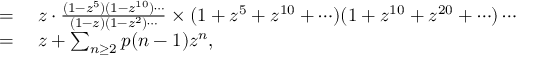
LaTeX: \begin{array} { r l } { = { } } & { { } z \cdot { \frac { ( 1 - z ^ { 5 } ) ( 1 - z ^ { 1 0 } ) \cdots } { ( 1 - z ) ( 1 - z ^ { 2 } ) \cdots } } \times ( 1 + z ^ { 5 } + z ^ { 1 0 } + \cdots ) ( 1 + z ^ { 1 0 } + z ^ { 2 0 } + \cdots ) \cdots } \\ { = { } } & { { } z + \sum _ { n \geq 2 } p ( n - 1 ) z ^ { n } , } \end{array}